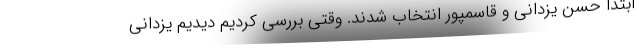
ابتدا حسن یزدانی و قاسمپور انتخاب شدند. وقتی بررسی کردیم دیدیم یزدانی